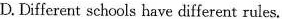
D.Different schools have different rules.